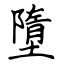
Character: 墮